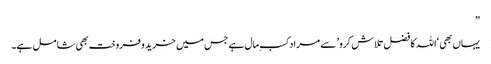
”
یہاں بھی ‘اللہ کا فضل تلاش کرو’ سے مراد کسب ِمال ہے جس میں خرید وفروخت بھی شامل ہے۔